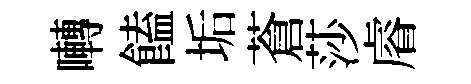
囀饁垢蒼莎𥈠